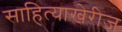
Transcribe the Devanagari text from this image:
साहित्याखेरीज